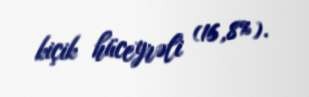
kiçik hüceyrəli (16,8%).